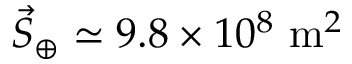
{ \vec { S } } _ { \oplus } \simeq 9 . 8 \times 1 0 ^ { 8 } ~ \mathrm { m } ^ { 2 }